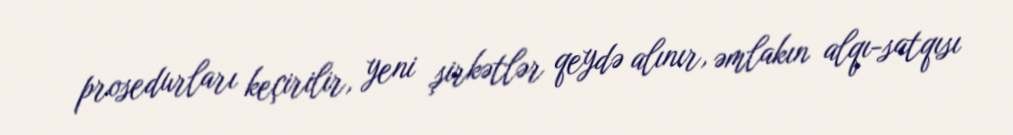
prosedurları keçirilir, yeni şirkətlər qeydə alınır, əmlakın alqı-satqısı